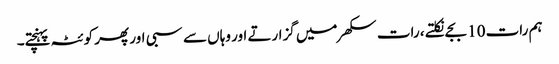
ہم رات 10 بجے نکلتے ، رات سکھر میں گزارتے اور وہاں سے سبی اور پھر کوئٹہ پہنچتے۔